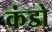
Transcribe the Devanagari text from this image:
कंडो